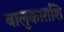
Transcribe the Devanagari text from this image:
बालुकाराशि